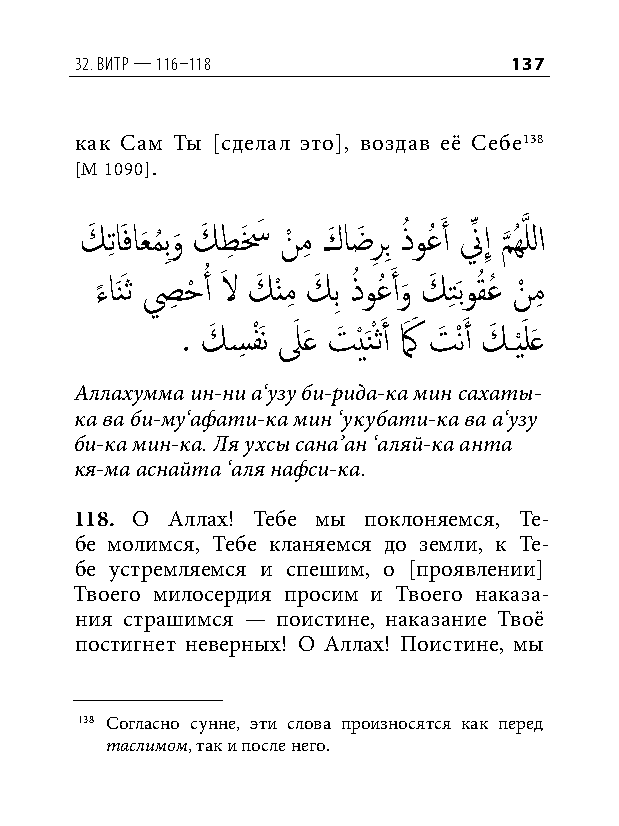
32. витр — 116–118           137
 как Сам Ты [сделал это], воздав её Себе138
 [М 1090].
 كَ تِ اَفاعَ مُ بِو
 َ
 كَ طِ سَ َ نْ مِ كَ اضَ رِ بِ ذُ وعُ َ أ نِّ إِ م
 َّذ
 ُهَّذ للا
 ء
 ً
 اَنَث صِ حْ أُ لاَ كَ ْنمِ كَ بِ ذُ وعُ َ أو
 َ
 كَ تِ َبوقُ عُ نْ مِ
 . كَ سِ فَْن لَ َع تَ ْيَنْثَ أ كَ َ تَ ْنَ أ كَ ـي َْ لَع
 Аллахумма ин-ни а‘узу би-рида-ка мин сахаты-
 ка ва би-му‘афати-ка мин ‘укубати-ка ва а‘узу
 би-ка мин-ка. Ля ухсы сана’ан ‘аляй-ка анта
 кя-ма аснайта ‘аля нафси-ка.
 118. О Аллах! Тебе мы поклоняемся, Те-
 бе молимся, Тебе кланяемся до земли, к Те-
 бе устремляемся и спешим, о [проявлении]
 Твоего милосердия просим и Твоего наказа-
 ния страшимся — поистине, наказание Твоё
 постигнет неверных! О Аллах! Поистине, мы
 138 Согласно сунне, эти слова произносятся как перед
 таслимом, так и после него.